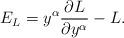
LaTeX: \begin{align*}E_L = y^{\alpha} \frac{\partial L}{\partial y^{\alpha}} - L.\end{align*}